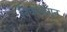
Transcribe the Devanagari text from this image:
विकलांगून